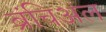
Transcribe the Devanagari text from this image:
ब्रंचिअल